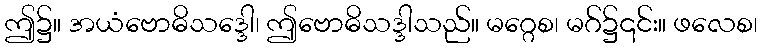
ဤ၌။ အယံဗောဓိသဒ္ဒေါ၊ ဤဗောဓိသဒ္ဒါသည်။ မဂ္ဂေစ၊ မဂ်၌၎င်း။ ဖလေစ၊